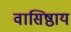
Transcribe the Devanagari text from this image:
वासिष्ठाय